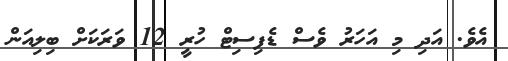
އެވެ. އަދި މި އަހަރު ވެސް ޑެފިސިޓް ހުރީ 12 ވަރަކަށް ބިލިއަން